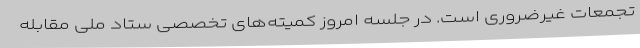
تجمعات غیرضروری است. در جلسه امروز کمیته‌های تخصصی ستاد ملی مقابله